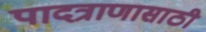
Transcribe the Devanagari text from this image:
पादत्राणासाठी